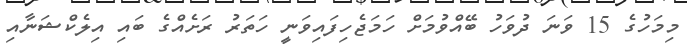
މިމަހުގެ 15 ވަނަ ދުވަހު ބޭއްވުމަށް ހަމަޖެހިފައިވަނީ ހަތަރު ރަށެއްގެ ބައި އިލެކްޝަނާއި